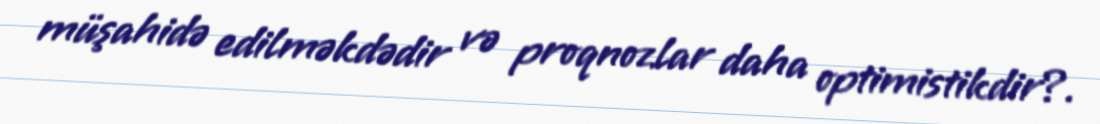
müşahidə edilməkdədir və proqnozlar daha optimistikdir?.